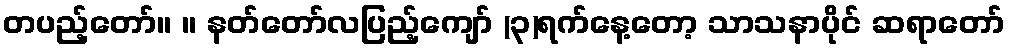
တပည့်တော်။ ။ နတ်တော်လပြည့်ကျော် (၃)ရက်နေ့တော့ သာသနာပိုင် ဆရာတော်